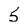
Character: 5